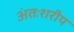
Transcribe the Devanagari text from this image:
अंतःशरीय